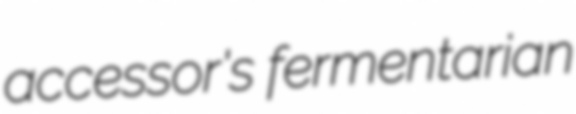
accessor's fermentarian